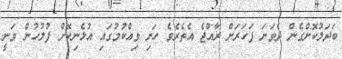
ބަދަލުކޮށްގެން ދެވަނަ ފަހަރަށް ރާއްޖެ އެތެރެވެ ހަށި ވިއްކުމުގައި އުޅެނިކޮށް ފުލުހުން ވަނީ